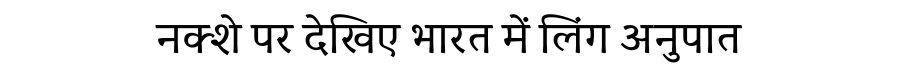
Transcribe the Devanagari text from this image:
नक्शे पर देखिए भारत में लिंग अनुपात